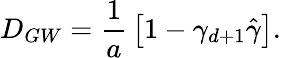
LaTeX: D_{GW}={\frac{1}{a}}\left[1-\gamma_{d+1}\hat{\gamma}\right].